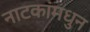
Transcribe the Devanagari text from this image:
नाटकांमधुन